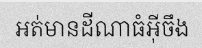
អត់មានដីណាធំអ៊ីចឹង